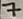
Text: 7